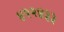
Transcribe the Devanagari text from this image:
४२२४३३